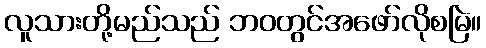
လူသားတို့မည်သည် ဘဝတွင်အဖော်လိုစမြဲ။